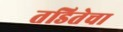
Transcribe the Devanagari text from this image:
तडितेचा